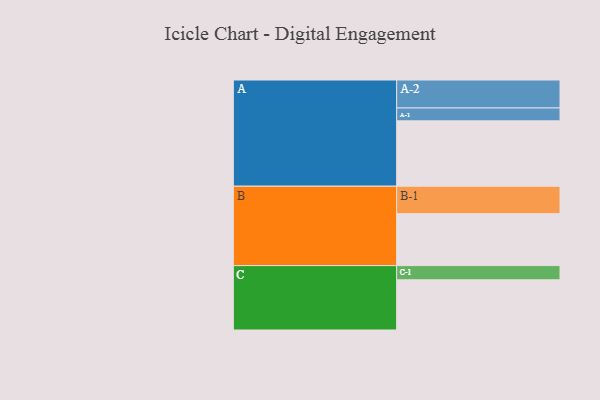
{"axis": {"x": "Segment", "y": "Value"}, "legend": ["", "A", "B", "C"], "data": [{"x": "A", "y": 594, "type": ""}, {"x": "B", "y": 472, "type": ""}, {"x": "C", "y": 456, "type": ""}, {"x": "A-1", "y": 117, "type": "A"}, {"x": "A-2", "y": 254, "type": "A"}, {"x": "B-1", "y": 249, "type": "B"}, {"x": "C-1", "y": 129, "type": "C"}]}